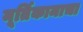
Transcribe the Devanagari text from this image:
मूर्तिकामाचा